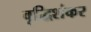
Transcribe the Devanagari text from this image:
वृद्धिशंकर